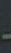
-